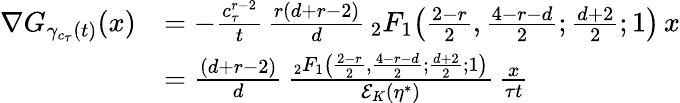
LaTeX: \begin{array}{rl}{\nabla G_{\gamma_{c_{\tau}}(t)}(x)}&{=-\frac{c_{\tau}^{r-2}}{t}\, \frac{r(d+r-2)}{d}\, {_2F_{1}}\big(\frac{2-r}{2},\frac{4-r-d}{2};\frac{d+2}{2};1\big)\, x}\\ &{=\frac{(d+r-2)}{d}\, \frac{{_2F_{1}}\big(\frac{2-r}{2},\frac{4-r-d}{2};\frac{d+2}{2};1\big)}{\mathcal E_{K}(\eta^{*})}\, \frac{x}{\tau t}}\end{array}